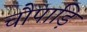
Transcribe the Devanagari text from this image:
चौपाड़ि